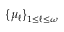
\left\{ \mu _ { \ell } \right\} _ { 1 \leq \ell \leq \omega }